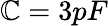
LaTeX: \mathbb{C}=3pF